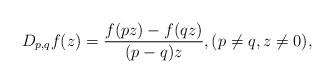
LaTeX: \begin{align*}D_{p,q}f(z)=\frac{f(pz)-f(qz) }{(p-q)z}, (p\neq q, z\neq 0),\end{align*}